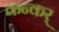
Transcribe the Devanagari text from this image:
कन्कर्